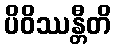
ပိဝိဿန္တီတိ